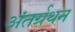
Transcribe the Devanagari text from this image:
अंतर्ग्रथन